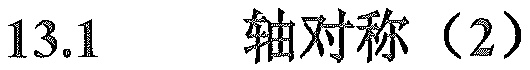
\(13.1\)  轴对称（2）